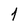
Character: 1